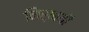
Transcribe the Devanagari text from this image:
निर्भयी